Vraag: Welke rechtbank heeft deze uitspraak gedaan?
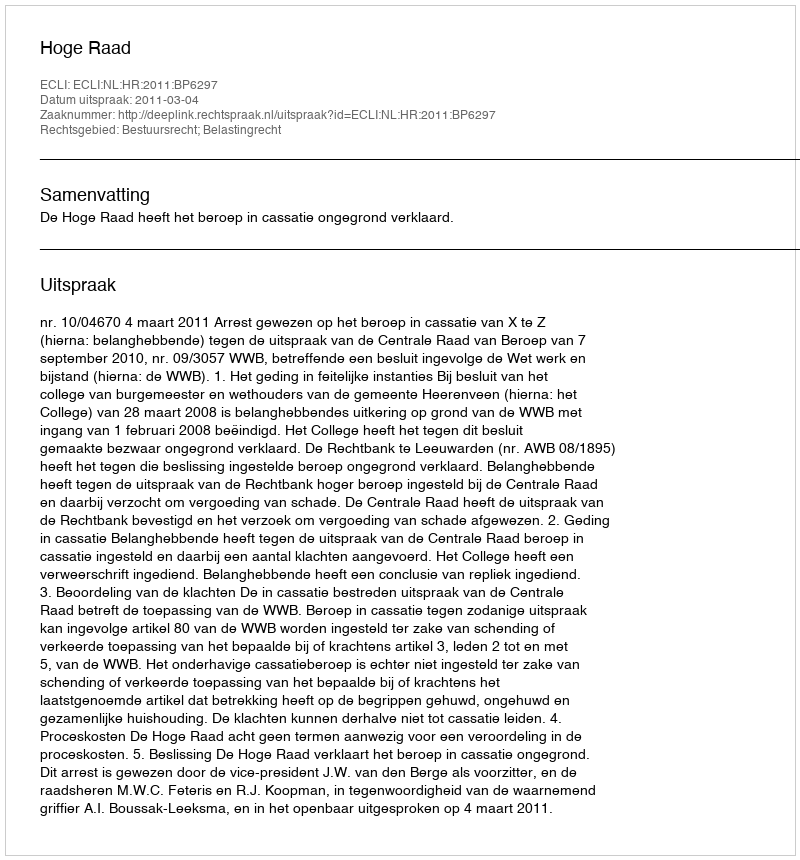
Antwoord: Hoge Raad